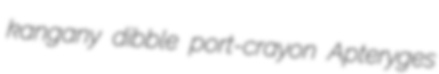
kangany dibble port-crayon Apteryges